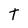
Character: T